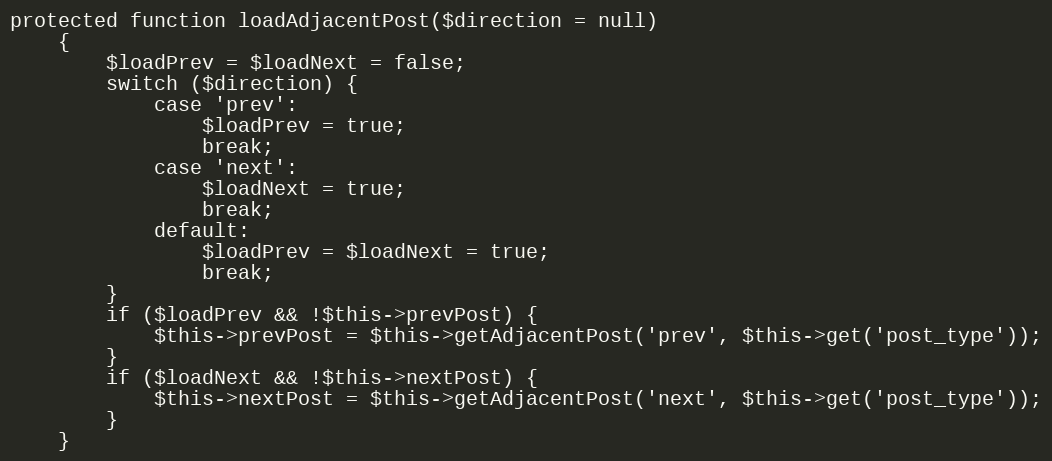
Language: PHP
protected function loadAdjacentPost($direction = null)
    {
        $loadPrev = $loadNext = false;
        switch ($direction) {
            case 'prev':
                $loadPrev = true;
                break;
            case 'next':
                $loadNext = true;
                break;
            default:
                $loadPrev = $loadNext = true;
                break;
        }
        if ($loadPrev && !$this->prevPost) {
            $this->prevPost = $this->getAdjacentPost('prev', $this->get('post_type'));
        }
        if ($loadNext && !$this->nextPost) {
            $this->nextPost = $this->getAdjacentPost('next', $this->get('post_type'));
        }
    }